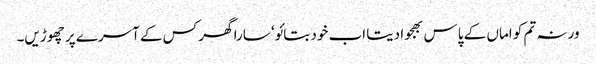
ورنہ تم کو اماں کے پاس بھجوا دیتا اب خود بتائو‘ سارا گھر کس کے آسرے پر چھوڑیں۔